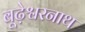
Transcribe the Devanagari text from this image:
बूढ़ेश्वरनाथ